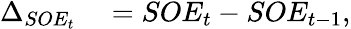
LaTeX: \begin{array}{rl}{\Delta_{SOE_{t}}}&{{}=SOE_{t}-SOE_{t-1}}\end{array},